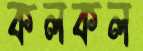
কলকল